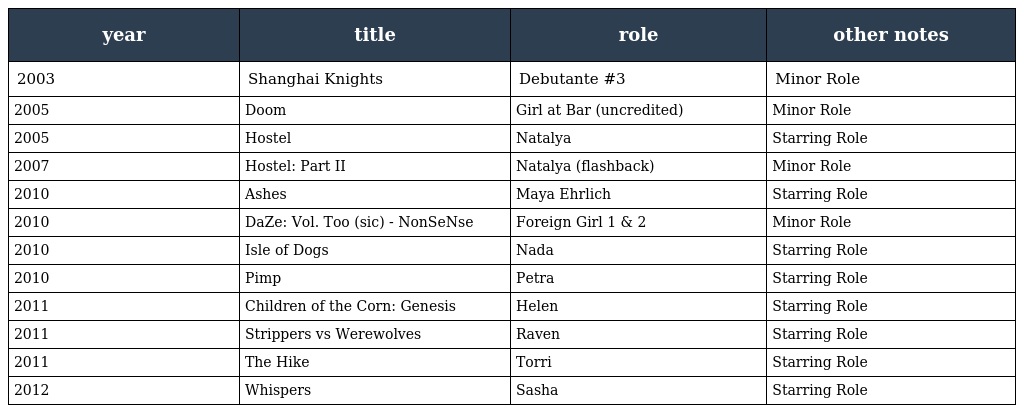
| year | title | role | other notes |
 | --- | --- | --- | --- |
 | 2003 | Shanghai Knights | Debutante #3 | Minor Role |
 | 2005 | Doom | Girl at Bar (uncredited) | Minor Role |
 | 2005 | Hostel | Natalya | Starring Role |
 | 2007 | Hostel: Part II | Natalya (flashback) | Minor Role |
 | 2010 | Ashes | Maya Ehrlich | Starring Role |
 | 2010 | DaZe: Vol. Too (sic) - NonSeNse | Foreign Girl 1 & 2 | Minor Role |
 | 2010 | Isle of Dogs | Nada | Starring Role |
 | 2010 | Pimp | Petra | Starring Role |
 | 2011 | Children of the Corn: Genesis | Helen | Starring Role |
 | 2011 | Strippers vs Werewolves | Raven | Starring Role |
 | 2011 | The Hike | Torri | Starring Role |
 | 2012 | Whispers | Sasha | Starring Role |